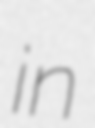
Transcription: in